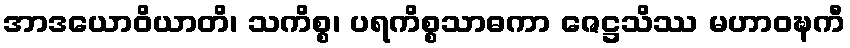
အာဒယောဝိယာတိ၊ သကိစ္စ၊ ပရကိစ္စသာဓကာ ဇေဋ္ဌသိဿ မဟာဝဍ္ဎကီ